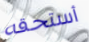
أستحقه